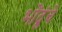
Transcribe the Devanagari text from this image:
भोंदूंचे